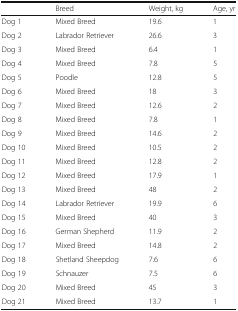
<table><thead><tr><td></td><td><b>Breed</b></td><td><b>Weight, kg</b></td><td><b>Age, yr</b></td></tr></thead><tbody><tr><td>Dog 1</td><td>Mixed Breed</td><td>19.6</td><td>1</td></tr><tr><td>Dog 2</td><td>Labrador Retriever</td><td>26.6</td><td>3</td></tr><tr><td>Dog 3</td><td>Mixed Breed</td><td>6.4</td><td>1</td></tr><tr><td>Dog 4</td><td>Mixed Breed</td><td>7.8</td><td>5</td></tr><tr><td>Dog 5</td><td>Poodle</td><td>12.8</td><td>5</td></tr><tr><td>Dog 6</td><td>Mixed Breed</td><td>18</td><td>3</td></tr><tr><td>Dog 7</td><td>Mixed Breed</td><td>12.6</td><td>2</td></tr><tr><td>Dog 8</td><td>Mixed Breed</td><td>7.8</td><td>1</td></tr><tr><td>Dog 9</td><td>Mixed Breed</td><td>14.6</td><td>2</td></tr><tr><td>Dog 10</td><td>Mixed Breed</td><td>10.5</td><td>2</td></tr><tr><td>Dog 11</td><td>Mixed Breed</td><td>12.8</td><td>2</td></tr><tr><td>Dog 12</td><td>Mixed Breed</td><td>17.9</td><td>1</td></tr><tr><td>Dog 13</td><td>Mixed Breed</td><td>48</td><td>2</td></tr><tr><td>Dog 14</td><td>Labrador Retriever</td><td>19.9</td><td>6</td></tr><tr><td>Dog 15</td><td>Mixed Breed</td><td>40</td><td>3</td></tr><tr><td>Dog 16</td><td>German Shepherd</td><td>11.9</td><td>2</td></tr><tr><td>Dog 17</td><td>Mixed Breed</td><td>14.8</td><td>2</td></tr><tr><td>Dog 18</td><td>Shetland Sheepdog</td><td>7.6</td><td>6</td></tr><tr><td>Dog 19</td><td>Schnauzer</td><td>7.5</td><td>6</td></tr><tr><td>Dog 20</td><td>Mixed Breed</td><td>45</td><td>3</td></tr><tr><td>Dog 21</td><td>Mixed Breed</td><td>13.7</td><td>1</td></tr></tbody></table>